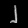
Digit: ၂